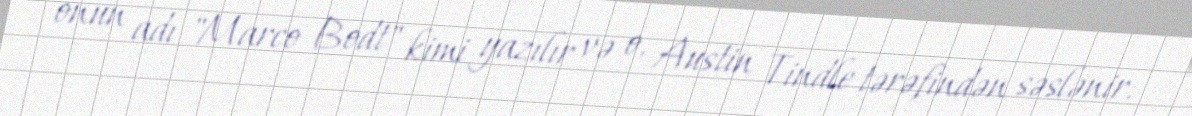
onun adı "Marco Bodt" kimi yazılır və o, Austin Tindle tərəfindən səslənir.